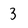
Character: 3